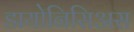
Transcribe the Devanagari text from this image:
डायोनिसिअस